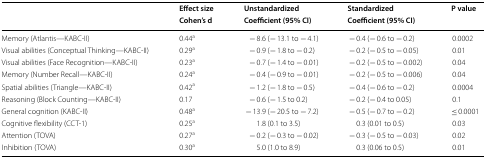
<table><thead><tr><td rowspan="2"></td><td><b>Effect size</b></td><td><b>Unstandardized</b></td><td><b>Standardized</b></td><td rowspan="2"><b>P value</b></td></tr><tr><td><b>Cohen’s d</b></td><td><b>Coefficient (95% CI)</b></td><td><b>Coefficient (95% CI)</b></td></tr></thead><tbody><tr><td>Memory (Atlantis—KABC-II)</td><td>0.44<sup>a</sup></td><td>− 8.6 (− 13.1 to − 4.1)</td><td>− 0.4 (− 0.6 to − 0.2)</td><td>0.0002</td></tr><tr><td>Visual abilities (Conceptual Thinking—KABC-II)</td><td>0.29<sup>a</sup></td><td>− 0.9 (− 1.8 to − 0.2)</td><td>− 0.2 (− 0.5 to − 0.05)</td><td>0.01</td></tr><tr><td>Visual abilities (Face Recognition—KABC-II)</td><td>0.23<sup>a</sup></td><td>− 0.7 (− 1.4 to − 0.01)</td><td>− 0.2 (− 0.5 to − 0.002)</td><td>0.04</td></tr><tr><td>Memory (Number Recall—KABC-II)</td><td>0.24<sup>a</sup></td><td>− 0.4 (− 0.9 to − 0.01)</td><td>− 0.2 (− 0.5 to − 0.006)</td><td>0.04</td></tr><tr><td>Spatial abilities (Triangle—KABC-II)</td><td>0.42<sup>a</sup></td><td>− 1.2 (− 1.8 to − 0.5)</td><td>− 0.4 (− 0.6 to − 0.2)</td><td>0.0004</td></tr><tr><td>Reasoning (Block Counting—KABC-II)</td><td>0.17</td><td>− 0.6 (− 1.5 to 0.2)</td><td>− 0.2 (− 0.4 to 0.05)</td><td>0.1</td></tr><tr><td>General cognition (KABC-II)</td><td>0.48<sup>a</sup></td><td>− 13.9 (− 20.5 to − 7.2)</td><td>− 0.5 (− 0.7 to − 0.2)</td><td>≤ 0.0001</td></tr><tr><td>Cognitive flexibility (CCT-1)</td><td>0.25<sup>a</sup></td><td>1.8 (0.1 to 3.5)</td><td>0.3 (0.01 to 0.5)</td><td>0.03</td></tr><tr><td>Attention (TOVA)</td><td>0.27<sup>a</sup></td><td>− 0.2 (− 0.3 to − 0.02)</td><td>− 0.3 (− 0.5 to − 0.03)</td><td>0.02</td></tr><tr><td>Inhibition (TOVA)</td><td>0.30<sup>a</sup></td><td>5.0 (1.0 to 8.9)</td><td>0.3 (0.06 to 0.5)</td><td>0.01</td></tr></tbody></table>